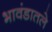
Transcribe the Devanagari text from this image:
भावंडातले